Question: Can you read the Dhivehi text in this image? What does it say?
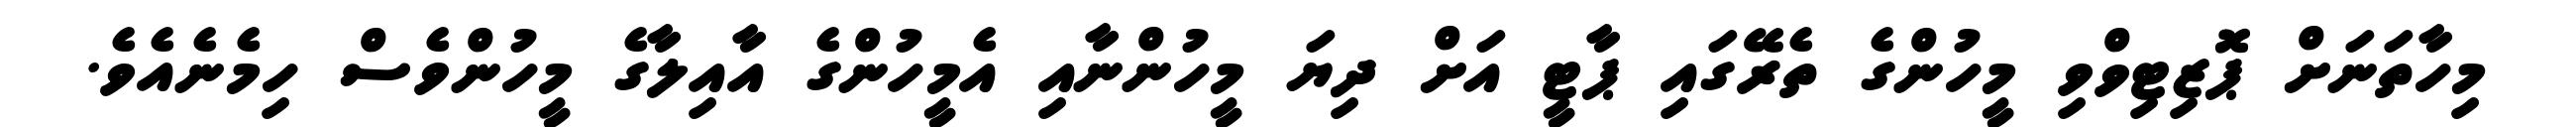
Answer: މިހާތަނަށް ޕޮޒިޓިވްވި މީހުންގެ ތެރޭގައި ޕާޓީ އަށް ދިޔަ މީހުންނާއި އެމީހުންގެ އާއިލާގެ މީހުންވެސް ހިމެނެއެވެ.